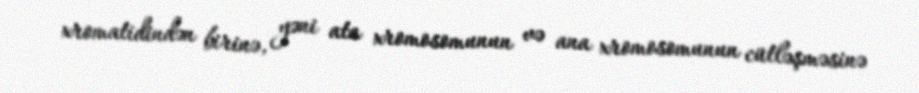
xromatidindən birinə, yəni ata xromosomunun və ana xromosomunun cütləşməsinə